Annual administration report of the Civil Veterinary Department of India - 1892-1893
Year: 1892
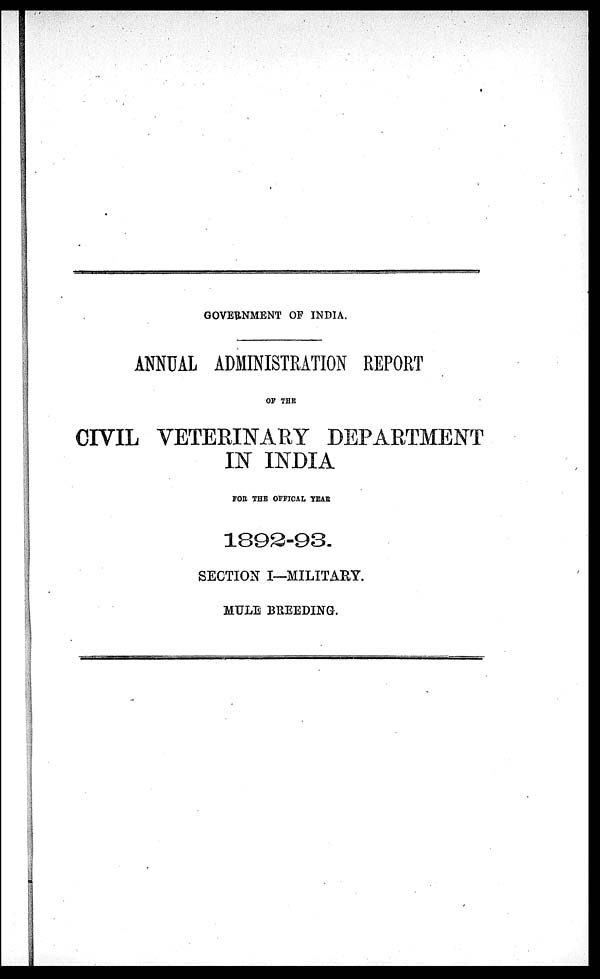
GOVERNMENT OF INDIA.
ANNUAL ADMINISTRATION REPORT
OF THE
CIVIL VETERINARY DEPARTMENT
IN INDIA
FOR THE OFFICAL YEAR
1892-93
SECTION I—MILITARY.
MULE BREEDING.